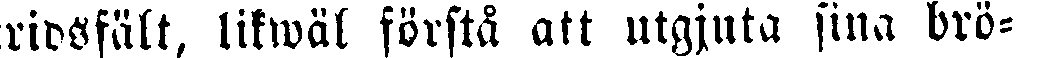
stridsfält, likwäl förstå att utgjuta sina brö-